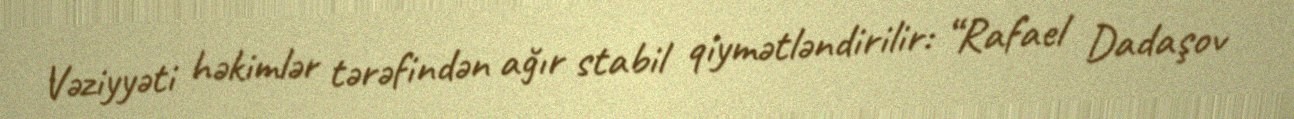
Vəziyyəti həkimlər tərəfindən ağır stabil qiymətləndirilir: “Rafael Dadaşov